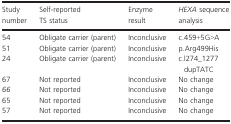
| Study number | Self-reported TS status | Enzyme result | HEXA sequence analysis |
 | --- | --- | --- | --- |
 | 54 | Obligate carrier (parent) | Inconclusive | c.459+5G>A |
 | 51 | Obligate carrier (parent) | Inconclusive | p.Arg499His |
 | 24 | Obligate carrier (parent) | Inconclusive | c.l274_1277dupTATC |
 | 67 | Not reported | Inconclusive | No change |
 | 66 | Not reported | Inconclusive | No change |
 | 65 | Not reported | Inconclusive | No change |
 | 57 | Not reported | Inconclusive | No change |